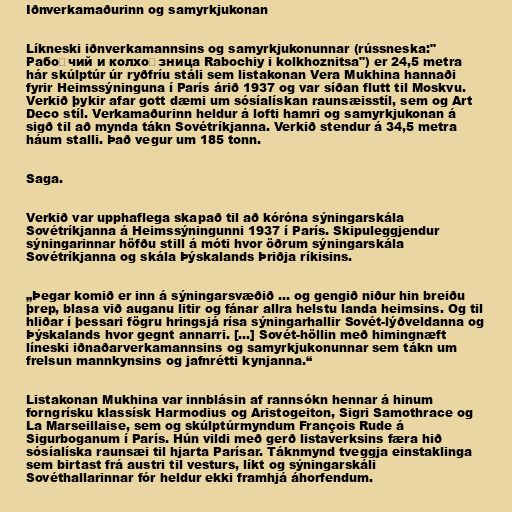
Iðnverkamaðurinn og samyrkjukonan

Líkneski iðnverkamannsins og samyrkjukonunnar (rússneska:"
Рабо́чий и колхо́зница Rabochiy i kolkhoznitsa") er 24,5 metra
hár skúlptúr úr ryðfríu stáli sem listakonan Vera Mukhina hannaði
fyrir Heimssýninguna í París árið 1937 og var síðan flutt til Moskvu.
Verkið þykir afar gott dæmi um sósíalískan raunsæisstíl, sem og Art
Deco stíl. Verkamaðurinn heldur á lofti hamri og samyrkjukonan á
sigð til að mynda tákn Sovétríkjanna. Verkið stendur á 34,5 metra
háum stalli. Það vegur um 185 tonn.

Saga.

Verkið var upphaflega skapað til að kóróna sýningarskála
Sovétríkjanna á Heimssýningunni 1937 í París. Skipuleggjendur
sýningarinnar höfðu still á móti hvor öðrum sýningarskála
Sovétríkjanna og skála Þýskalands Þriðja ríkisins.

„Þegar komið er inn á sýningarsvæðið ... og gengið niður hin breiðu
þrep, blasa við auganu litir og fánar allra helstu landa heimsins. Og til
hliðar í þessari fögru hringsjá rísa sýningarhallir Sovét-lýðveldanna og
Þýskalands hvor gegnt annarri. [...] Sovét-höllin með himingnæft
líneski iðnaðarverkamannsins og samyrkjukonunnar sem tákn um
frelsun mannkynsins og jafnrétti kynjanna.“

Listakonan Mukhina var innblásin af rannsókn hennar á hinum
forngrísku klassísk Harmodius og Aristogeiton, Sigri Samothrace og
La Marseillaise, sem og skúlptúrmyndum François Rude á
Sigurboganum í París. Hún vildi með gerð listaverksins færa hið
sósíalíska raunsæi til hjarta Parísar. Táknmynd tveggja einstaklinga
sem birtast frá austri til vesturs, líkt og sýningarskáli
Sovéthallarinnar fór heldur ekki framhjá áhorfendum.